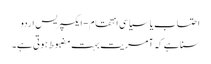
احتساب یا سیاسی انتقام - ایکسپریس اردو
سنا ہے کہ آمریت بہت مضبوط ہوتی ہے۔